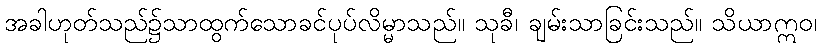
အခါဟုတ်သည်၌သာထွက်သောခင်ပုပ်လိမ္မာသည်။ သုခီ၊ ချမ်းသာခြင်းသည်။ သိယာဣဝ၊